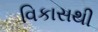
વિકાસથી